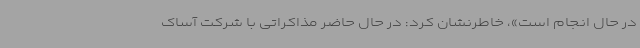
در حال انجام است»، خاطرنشان کرد: در حال حاضر مذاکراتی با شرکت آساک